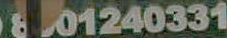
801240331